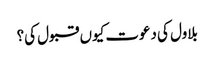
بلاول کی دعوت کیوں قبول کی؟